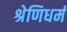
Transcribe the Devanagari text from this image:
श्रेणिधर्म